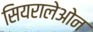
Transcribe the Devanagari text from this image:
सियरालेओन